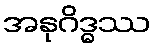
အနုဂိဒ္ဓဿ